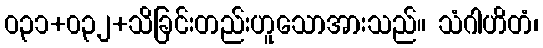
ဝ၃၁+၀၃၂+သိခြင်းတည်းဟူသောအားသည်။ သံဂါဟိတံ၊